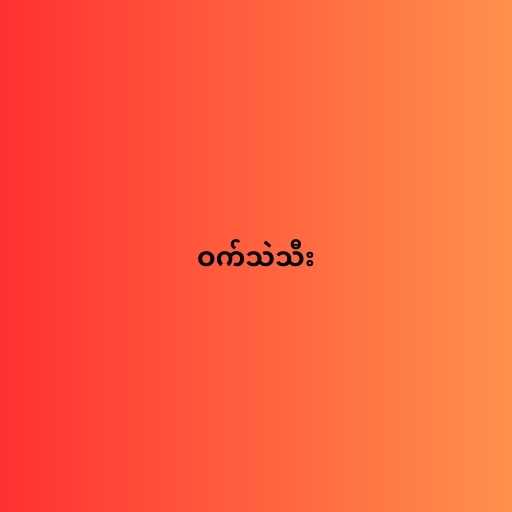
ဝက်သဲသီး